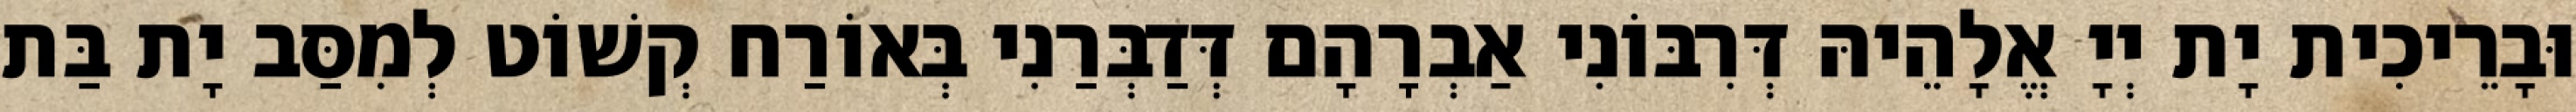
וּבָרֵיכִית יָת יְיָ אֱלָהֵיהּ דְּרִבּוֹנִי אַבְרָהָם דְּדַבְּרַנִי בְּאוֹרַח קְשׁוֹט לְמִסַּב יָת בַּת